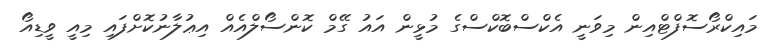
މައިކްރޯސޮފްޓްއިން މިވަނީ އެކްސްބޮކްސްގެ މުޅީން އައު ގޭމް ކޮންސޯލްއެއް އިޢުލާނުކޮށްފައި މިއީ ވީޑިއޯ